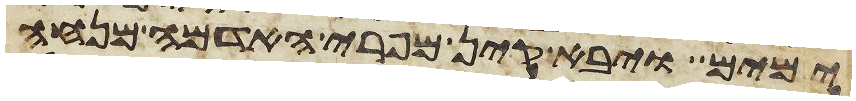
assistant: ימים ויבא קין מפרי האדמה מנחה